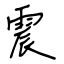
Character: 震